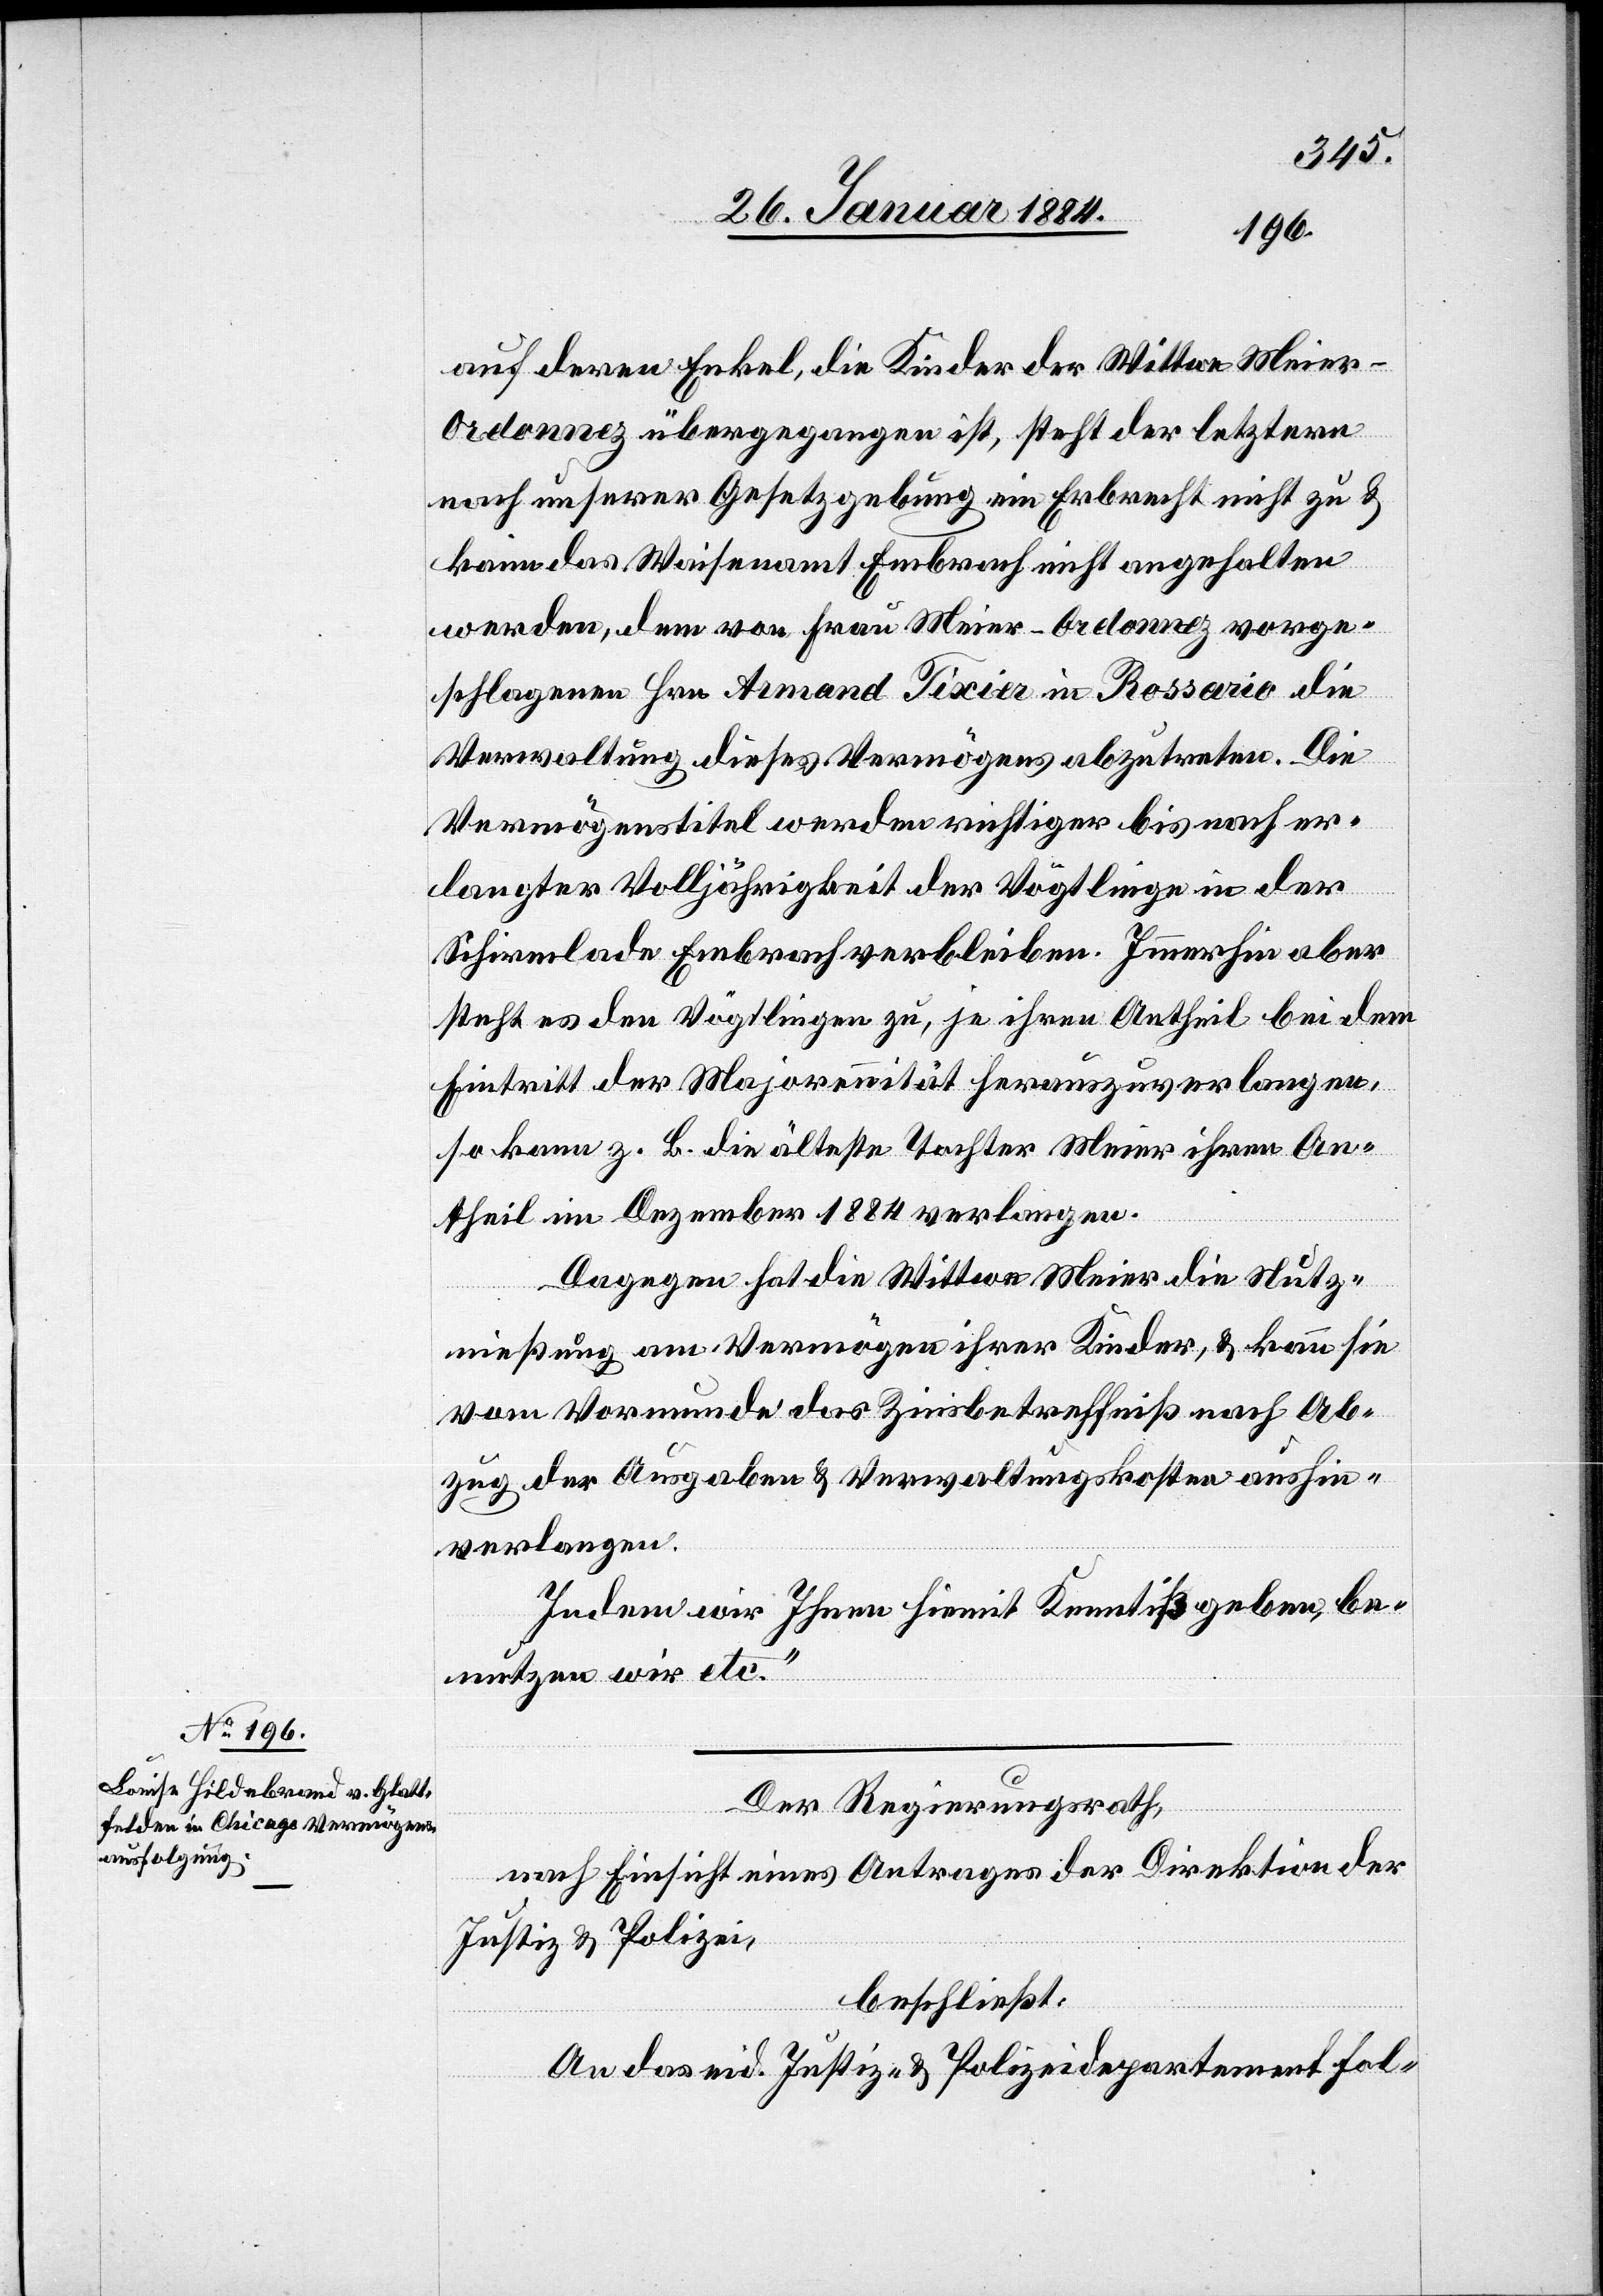
auf deren Enkel, die Kinder der Wittwe Meier-O¬
rdonnez übergegangen ist, steht der letztern
nach unserer Gesetzgebung ein Erbrecht nicht zu &
kann das Waisenamt Embrach nicht angehalten
werden, dem von Frau Meier-Ordonnez vorge¬
schlagenen Hrn. Armand Téxier in Rossario die
Verwaltung dieses Vermögens abzutreten. Die
Vermögenstitel werden richtiger bis nach er¬
langter Volljährigkeit der Vögtlinge in der
Schirmlade Embrach verbleiben. Immerhin aber
steht es den Vögtlingen zu, je ihren Antheil bei dem
Eintritt der Majorennität herauszuverlangen,
so kann z. B. die älteste Tochter Meier ihrem An¬
theil im Dezember 1884 verlangen.
Dagegen hat die Wittwe Meier die Nutz¬
nießung am Vermögen ihrer Kinder, & kann sie
vom Vormunde das Zinsbetreffniß nach Ab¬
zug der Ausgaben & Verwaltungskosten aushin¬
verlangen.
Indem wir Ihnen hiemit Kenntniß geben, be¬
nutzen wir etc.“
Der Regierungsrath,
nach Einsicht eines Antrages der Direktion der
Justiz & Polizei,
beschließt:
An das eid. Justiz- & Polizeidepartment fol-